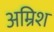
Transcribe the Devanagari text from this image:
अम्रिश